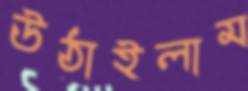
উঠাইলাম